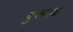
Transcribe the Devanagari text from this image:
पुरूवश